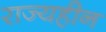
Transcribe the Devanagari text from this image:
राज्यहीन